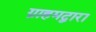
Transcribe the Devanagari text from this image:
ग्राहमद्वारा